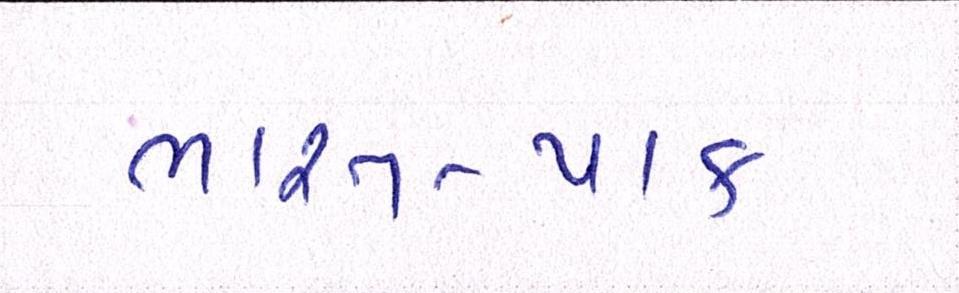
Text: ભારત-પાક